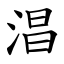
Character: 淐